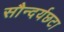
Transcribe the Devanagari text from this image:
सौन्दर्यछटा